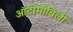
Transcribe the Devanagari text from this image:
ऑटोमोबिली